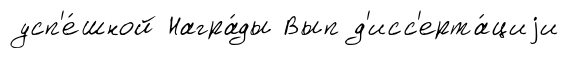
усп'е́шной Награ́ды Вып д'исс'ерта́циjи